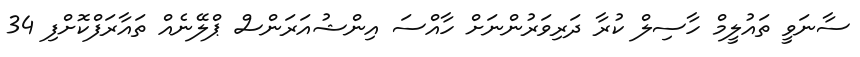
ސާނަވީ ތައުލީމް ހާސިލް ކުރާ ދަރިވަރުންނަށް ހާއްސަ އިންޝުއަރަންސް ޕްލޭނެއް ތައާރަފްކޮށްފި 34